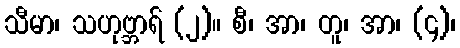
သီမာ၊ သဟုဗ္ဘာရ် (၂)။ စီ၊ အာ၊ တူ၊ အာ၊ (၄)၊